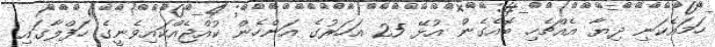
ހަމައެކަނި ދިޔާ އެއްޗެހި ބޮއެގެން އުޅޭ 25 އަހަރުގެ އަންހެން ކުއްޖެއްކައިވެނީގެ ހަފްލާގައި